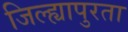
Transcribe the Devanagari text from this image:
जिल्ह्यापुरता